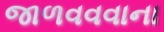
જાળવવવાના